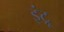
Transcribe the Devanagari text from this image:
इंट्रू